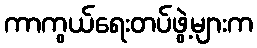
ကာကွယ်ရေးတပ်ဖွဲ့များက